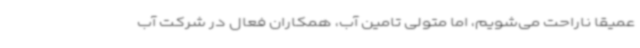
عمیقا ناراحت می‌شویم، اما متولی تامین آب، همکاران فعال در شرکت آب